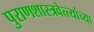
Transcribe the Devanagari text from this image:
पुराणशास्त्रवेत्त्यांच्या